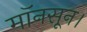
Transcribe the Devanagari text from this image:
मॉनसून।